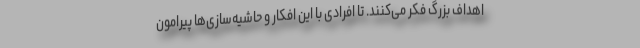
اهداف بزرگ فکر می‌کنند. تا افرادی با این افکار و حاشیه‌سازی‌ها پیرامون